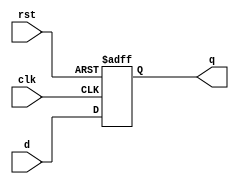
`timescale 1ns / 1ps
////////////////////////////////////////////////////////////////////////////////////////////////////////
module dff(d, clk, rst, q);
input clk, rst;
input [31:0] d;
output [31:0] q;
reg [31:0] q;

always @ (posedge clk or posedge rst) begin
	if (rst == 1'b1)
		q <= 32'b0;
	else 
		q <= d;
end

endmodule